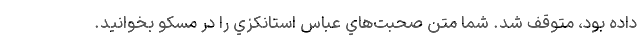
داده بود، متوقف شد. شما متن صحبت‌هاي عباس استانكزي را در مسكو بخوانيد.